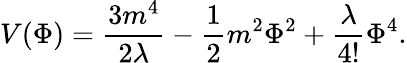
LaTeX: V(\Phi)=\frac{3m^{4}}{2\lambda}-\frac{1}{2}m^{2}\Phi^{2}+\frac{\lambda}{4!}\Phi^{4}.